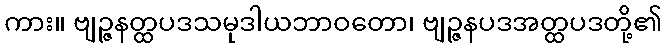
ကား။ ဗျဉ္ဇနတ္ထပဒသမုဒါယဘာဝတော၊ ဗျဉ္ဇနပဒအတ္ထပဒတို့၏